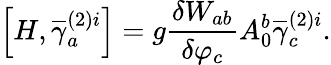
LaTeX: \left[H,\overline{{{\gamma}}}_{a}^{(2)i}\right]=g\frac{\delta W_{ab}}{\delta\varphi_{c}}A_{0}^{b}\overline{{{\gamma}}}_{c}^{(2)i}.